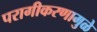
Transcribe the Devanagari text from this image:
परागीकरणामुळे